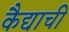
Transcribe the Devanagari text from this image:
कैद्याची